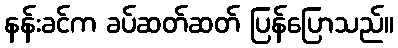
နန်းခင်က ခပ်ဆတ်ဆတ် ပြန်ပြောသည်။